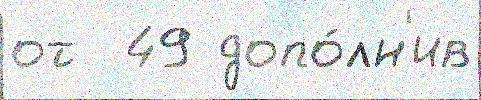
от  49 допо́лн'ив